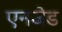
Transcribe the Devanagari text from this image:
एनजेड